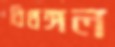
বিথঙ্গল